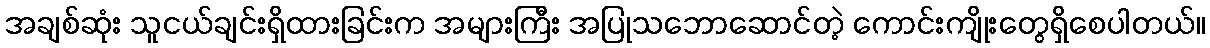
အချစ်ဆုံး သူငယ်ချင်းရှိထားခြင်းက အများကြီး အပြုသဘောဆောင်တဲ့ ကောင်းကျိုးတွေရှိစေပါတယ်။